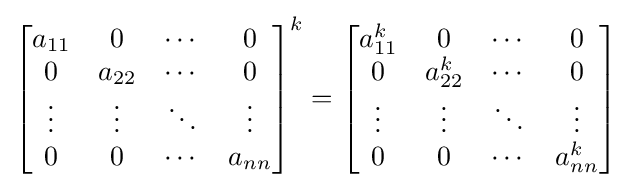
{\begin{bmatrix}a_{11}&0&\cdots &0\\0&a_{22}&\cdots &0\\\vdots &\vdots &\ddots &\vdots \\0&0&\cdots &a_{nn}\end{bmatrix}}^{k}={\begin{bmatrix}a_{11}^{k}&0&\cdots &0\\0&a_{22}^{k}&\cdots &0\\\vdots &\vdots &\ddots &\vdots \\0&0&\cdots &a_{nn}^{k}\end{bmatrix}}